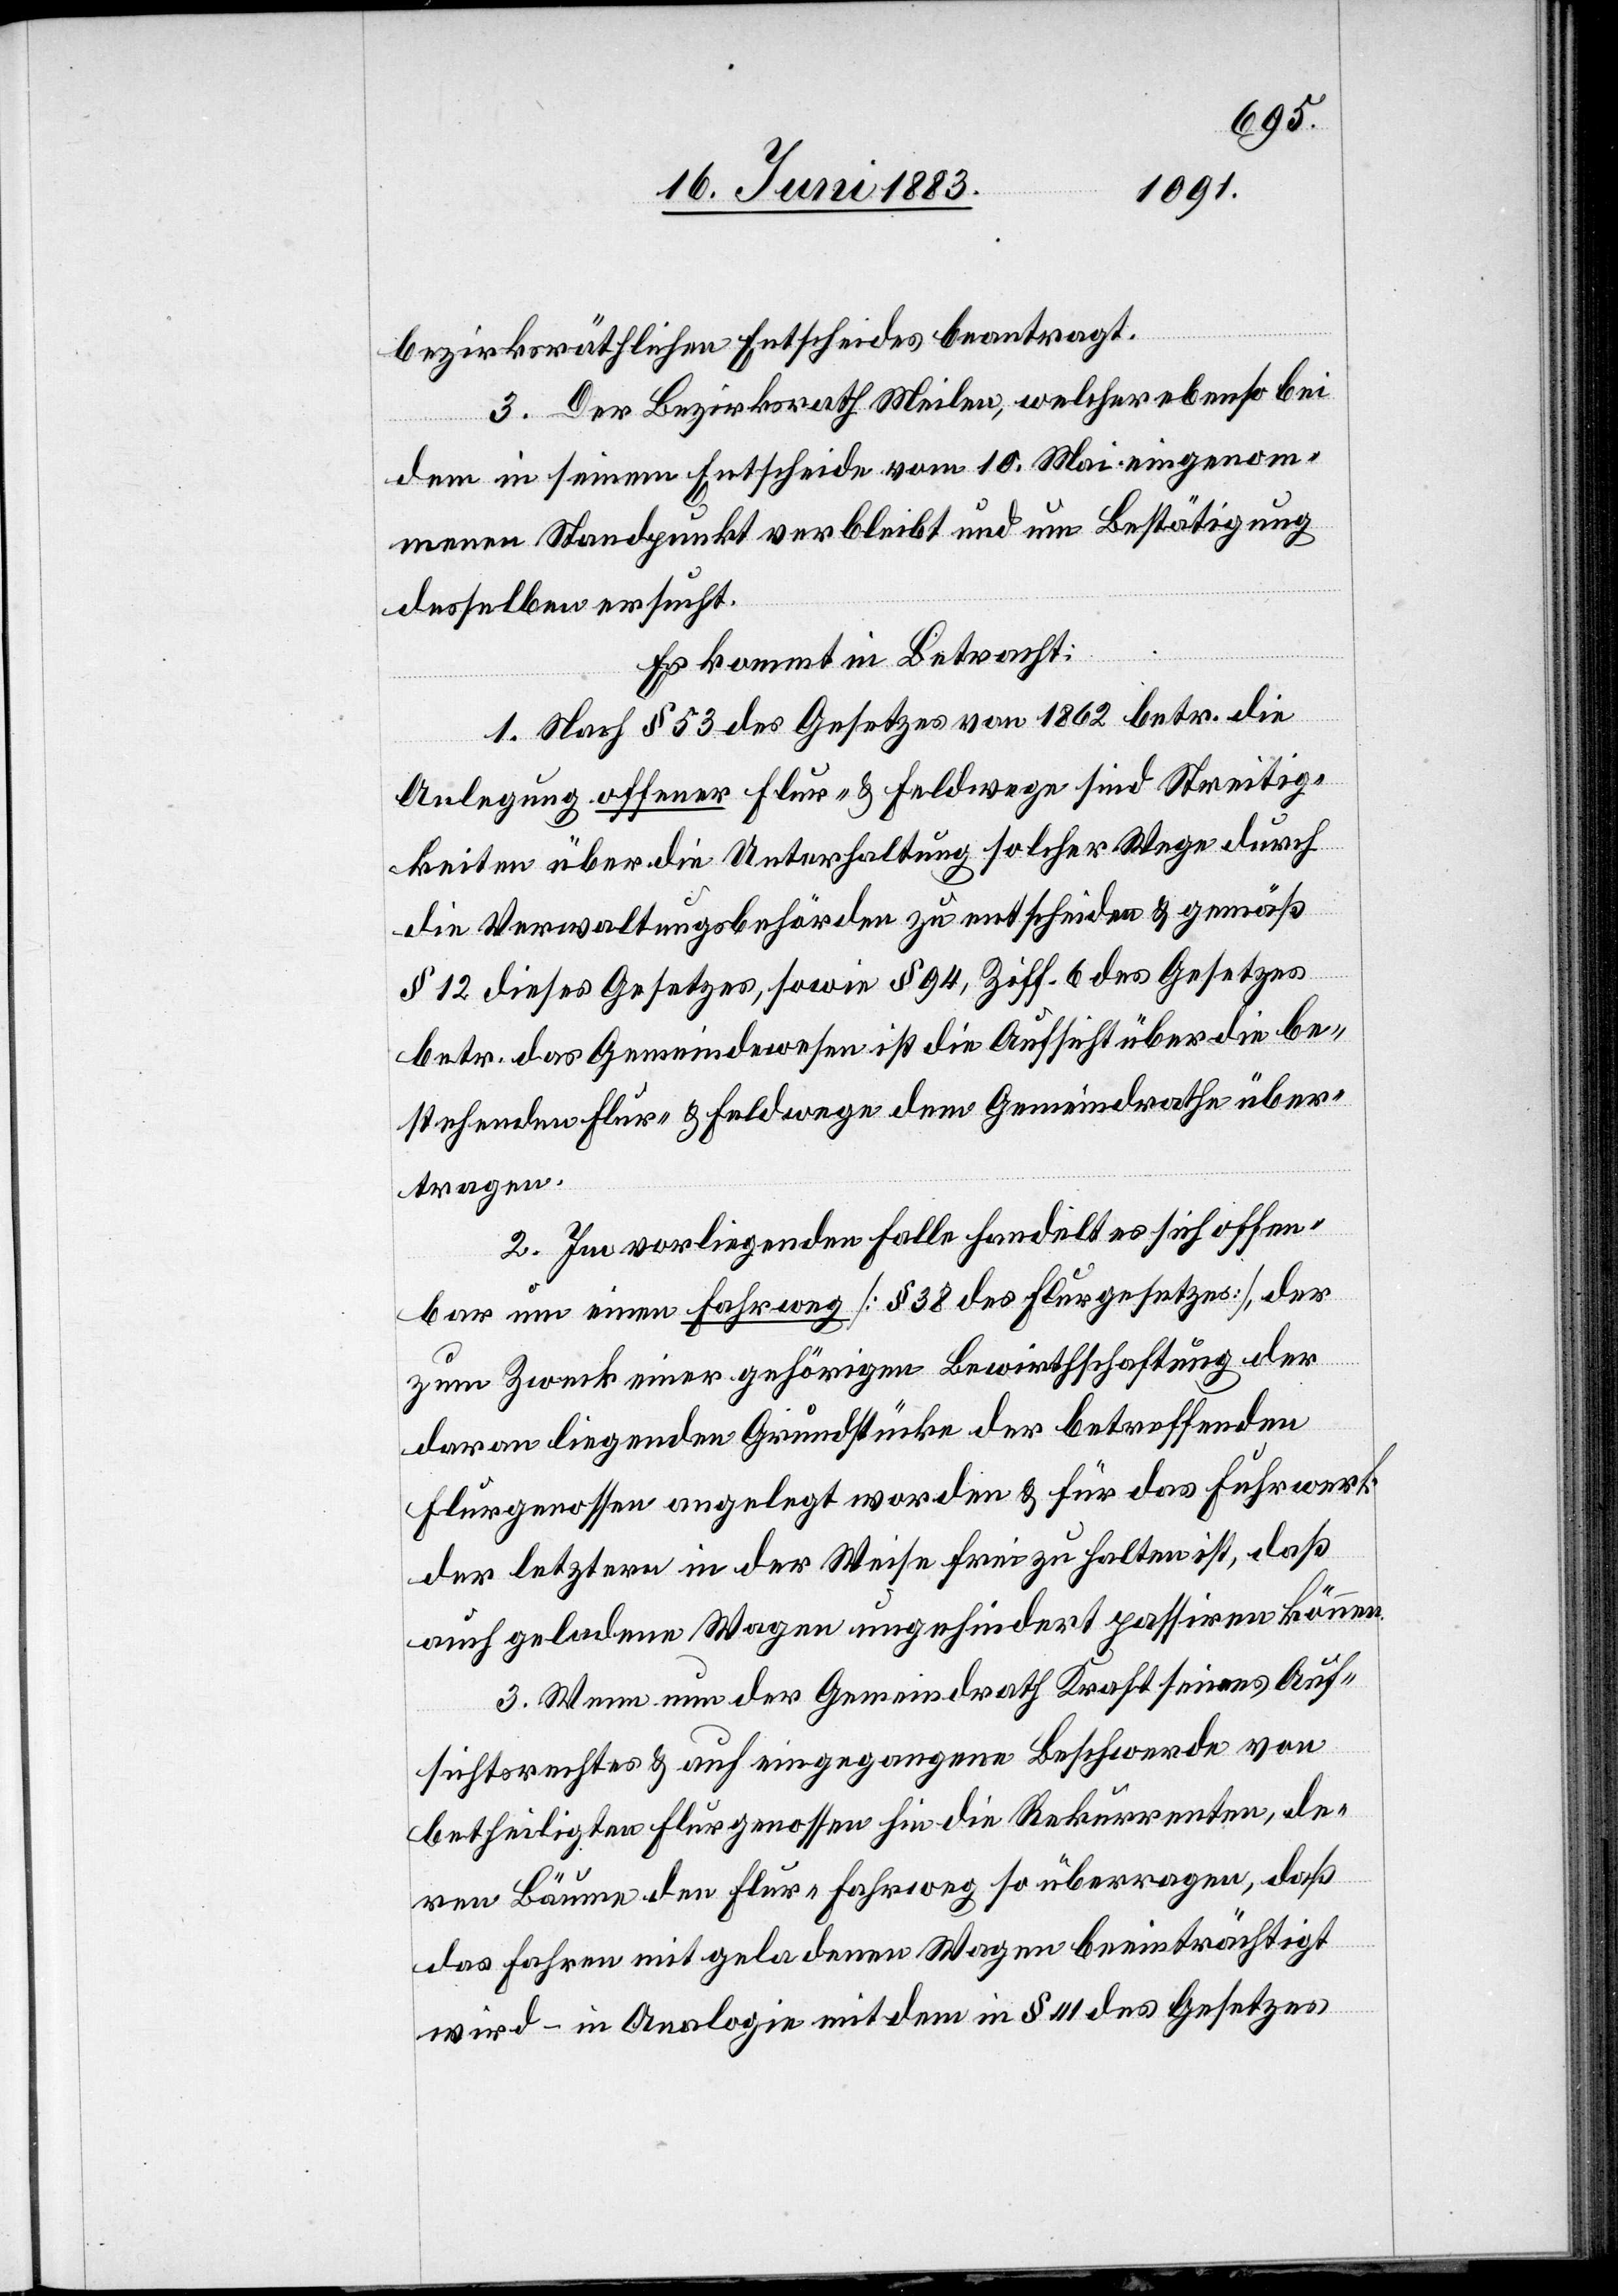
bezirksräthlichen Entscheides beantragt.
3. Der Bezirksrath Meilen, welcher ebenso bei
dem in seinem Entscheide vom 10. Mai eingenom¬
menen Standpunkt verbleibt und um Bestätigung
desselben ersucht.
Es kommt in Betracht:
1. Nach § 53 des Gesetzes von 1862 betr. die
Anlegung offener Flur- & Feldwege sind Streitig¬
keiten über die Unterhaltung solcher Wege durch
die Verwaltungsbehörden zu entscheiden & gemäß
§ 12 dieses Gesetzes, sowie § 94, Ziff. 6 des Gesetzes
betr. das Gemeindewesen ist die Ansicht über die be¬
stehenden Flur- & Feldwege dem Gemeindrathe über¬
tragen.
2. Im vorliegenden Falle handelt es sich offen¬
bar um einen Fahrweg [§ 38 des Flurgesetzes], der
zum Zweck einer gehörigen Bewirthschaftung der
daran liegenden Grundstücke der betreffenden
Flurgenossen angelegt worden & für das Fuhrwerk
der letztern in der Weise frei zu halten ist, daß
auch geladene Wagen ungehindert passiren können.
3. Wenn nun der Gemeindrath Kraft seines Auf¬
sichtsrechtes & auf eingegangene Beschwerde von
betheiligten Flurgenossen hin die Rekurrenten, de¬
ren Bäume den Flur-Fahrweg so überragen, daß
das Fahren mit geladenen Wagen beeinträchtigt
wird – in Analogie mit dem in § 41 des Gesetzes